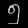
Digit: ၅